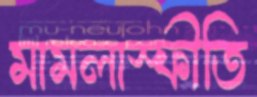
মামলাস্ফীতি